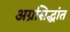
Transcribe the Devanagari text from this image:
अग्रसिद्धांत